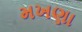
મખણા